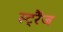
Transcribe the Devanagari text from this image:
स्ट्रैंज